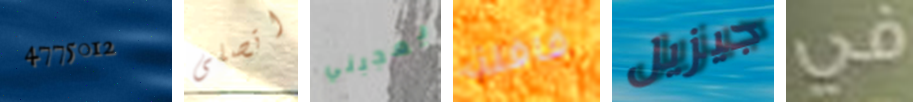
4775012 اتصلى يعجبني قافلة جيزيل في